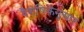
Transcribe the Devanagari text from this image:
वैशेषिकेनुसार